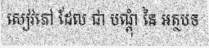
សៀវភៅ ដែល ជា បណ្តុំ នៃ អត្ថបទ